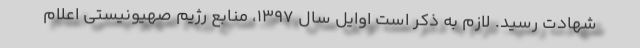
شهادت رسید. لازم به ذکر است اوایل سال ۱۳۹۷، منابع رژیم صهیونیستی اعلام